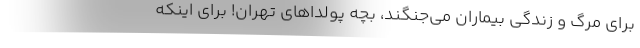
برای مرگ و زندگی بیماران می‌جنگند، بچه پولداهای تهران! برای اینکه